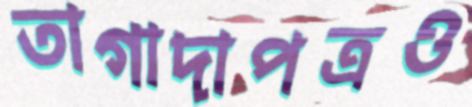
তাগাদাপত্রও